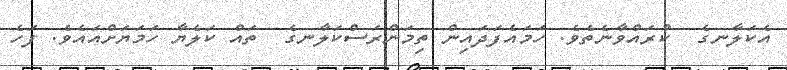
އެކަލާނގެ  ކުރައްވާނެތެވެ. ހަމައެފަދައިން ތިމަންރަސްކަލާނގެ  ތައް ކަލެޔާ ހަމަޔަށްއައެވެ. ފަހެ